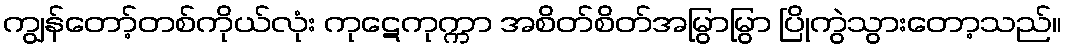
ကျွန်တော့်တစ်ကိုယ်လုံး ကုဋေကုက္ကာ အစိတ်စိတ်အမြွာမြွာ ပြိုကွဲသွားတော့သည်။